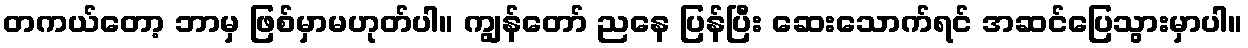
တကယ်တော့ ဘာမှ ဖြစ်မှာမဟုတ်ပါ။ ကျွန်တော် ညနေ ပြန်ပြီး ဆေးသောက်ရင် အဆင်ပြေသွားမှာပါ။